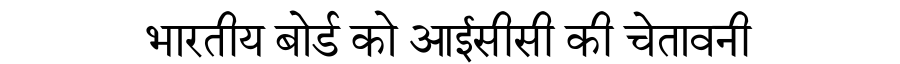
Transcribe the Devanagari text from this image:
भारतीय बोर्ड को आईसीसी की चेतावनी